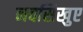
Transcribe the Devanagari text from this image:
नवसिखुए